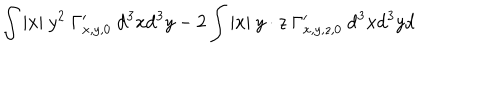
LaTeX: \int | x | \ y ^ { 2 } \ \Gamma _ { x , y , 0 } ^ { \prime } \ \mathrm { d } ^ { 3 } x \mathrm { d } ^ { 3 } y - 2 \int | x | \ y \cdot z \ \Gamma _ { x , y , z , 0 } ^ { \prime } \ \mathrm { d } ^ { 3 } x \mathrm { d } ^ { 3 } y \mathrm { d }